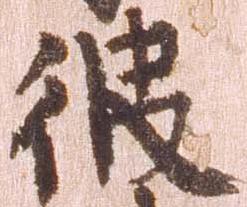
彼